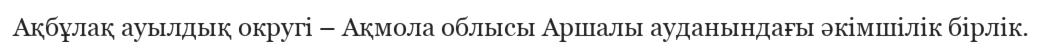
Ақбұлақ ауылдық округі – Ақмола облысы Аршалы ауданындағы әкімшілік бірлік.